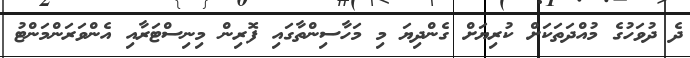
ދެ ދުވަހުގެ މުއްދަތަކަށް ކުރިޔަށް ގެންދިޔަ މި މަހާސިންތާގައި ފޮރިން މިނިސްޓަރާއި އެންވަރަންމަންޓު